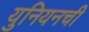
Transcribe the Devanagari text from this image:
युनियनची